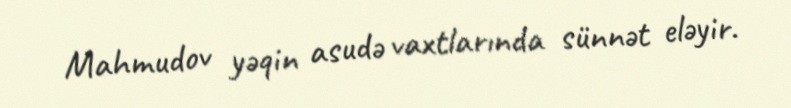
Mahmudov yəqin asudə vaxtlarında sünnət eləyir.